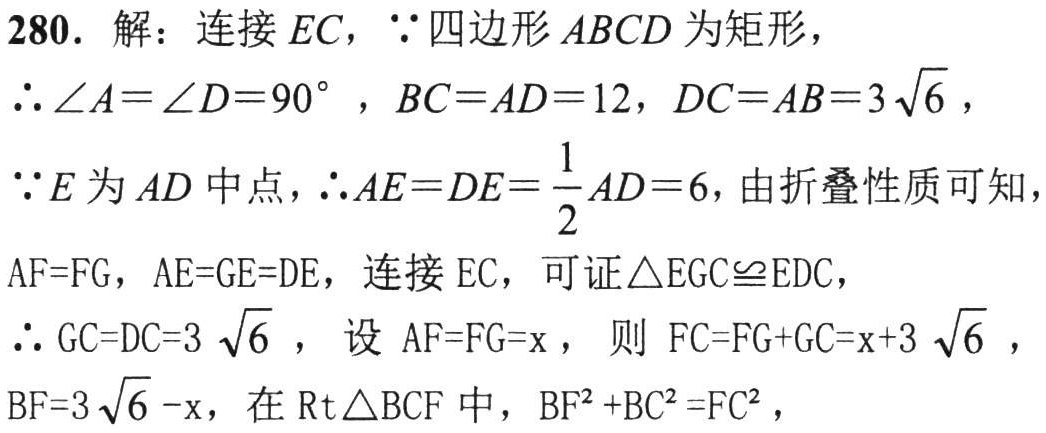
280. 解：连接 \(EC\)，\(\because\) 四边形 \(ABCD\) 为矩形，
\(\therefore\angle A = \angle D = 90^{\circ}\)，\(BC = AD = 12\)，\(DC = AB = 3\sqrt{6}\)，
\(\because E\) 为 \(AD\) 中点，\(\therefore AE = DE=\frac{1}{2}AD = 6\)，由折叠性质可知，
\(AF = FG\)，\(AE = GE = DE\)，连接 \(EC\)，可证 \(\triangle EGC\cong EDC\)，
\(\therefore GC = DC = 3\sqrt{6}\)，设 \(AF = FG = x\)，则 \(FC = FG + GC = x + 3\sqrt{6}\)，
\(BF = 3\sqrt{6}-x\)，在 \(\text{Rt}\triangle BCF\) 中，\(BF^{2}+BC^{2}=FC^{2}\)，